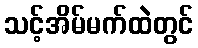
သင့်အိမ်မက်ထဲတွင်